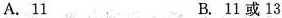
A.11 B.11或13